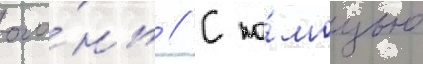
ого́нь // С по́мощью